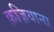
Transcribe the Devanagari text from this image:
क़ज़ियाना